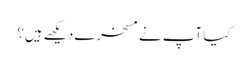
کیا آپ نے مسخرے دیکھے ہیں؟